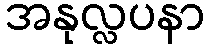
အနုလ္လပနာ